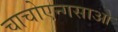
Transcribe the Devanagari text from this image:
चाचोएन्गसाओ